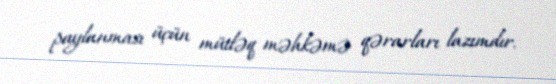
paylanması üçün mütləq məhkəmə qərarları lazımdır.